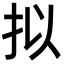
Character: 拟